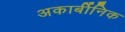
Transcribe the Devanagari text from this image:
अकार्बीनिक